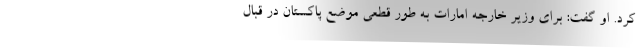
کرد. او گفت: برای وزیر خارجه امارات به طور قطعی موضع پاکستان در قبال